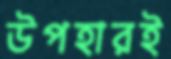
উপহারই